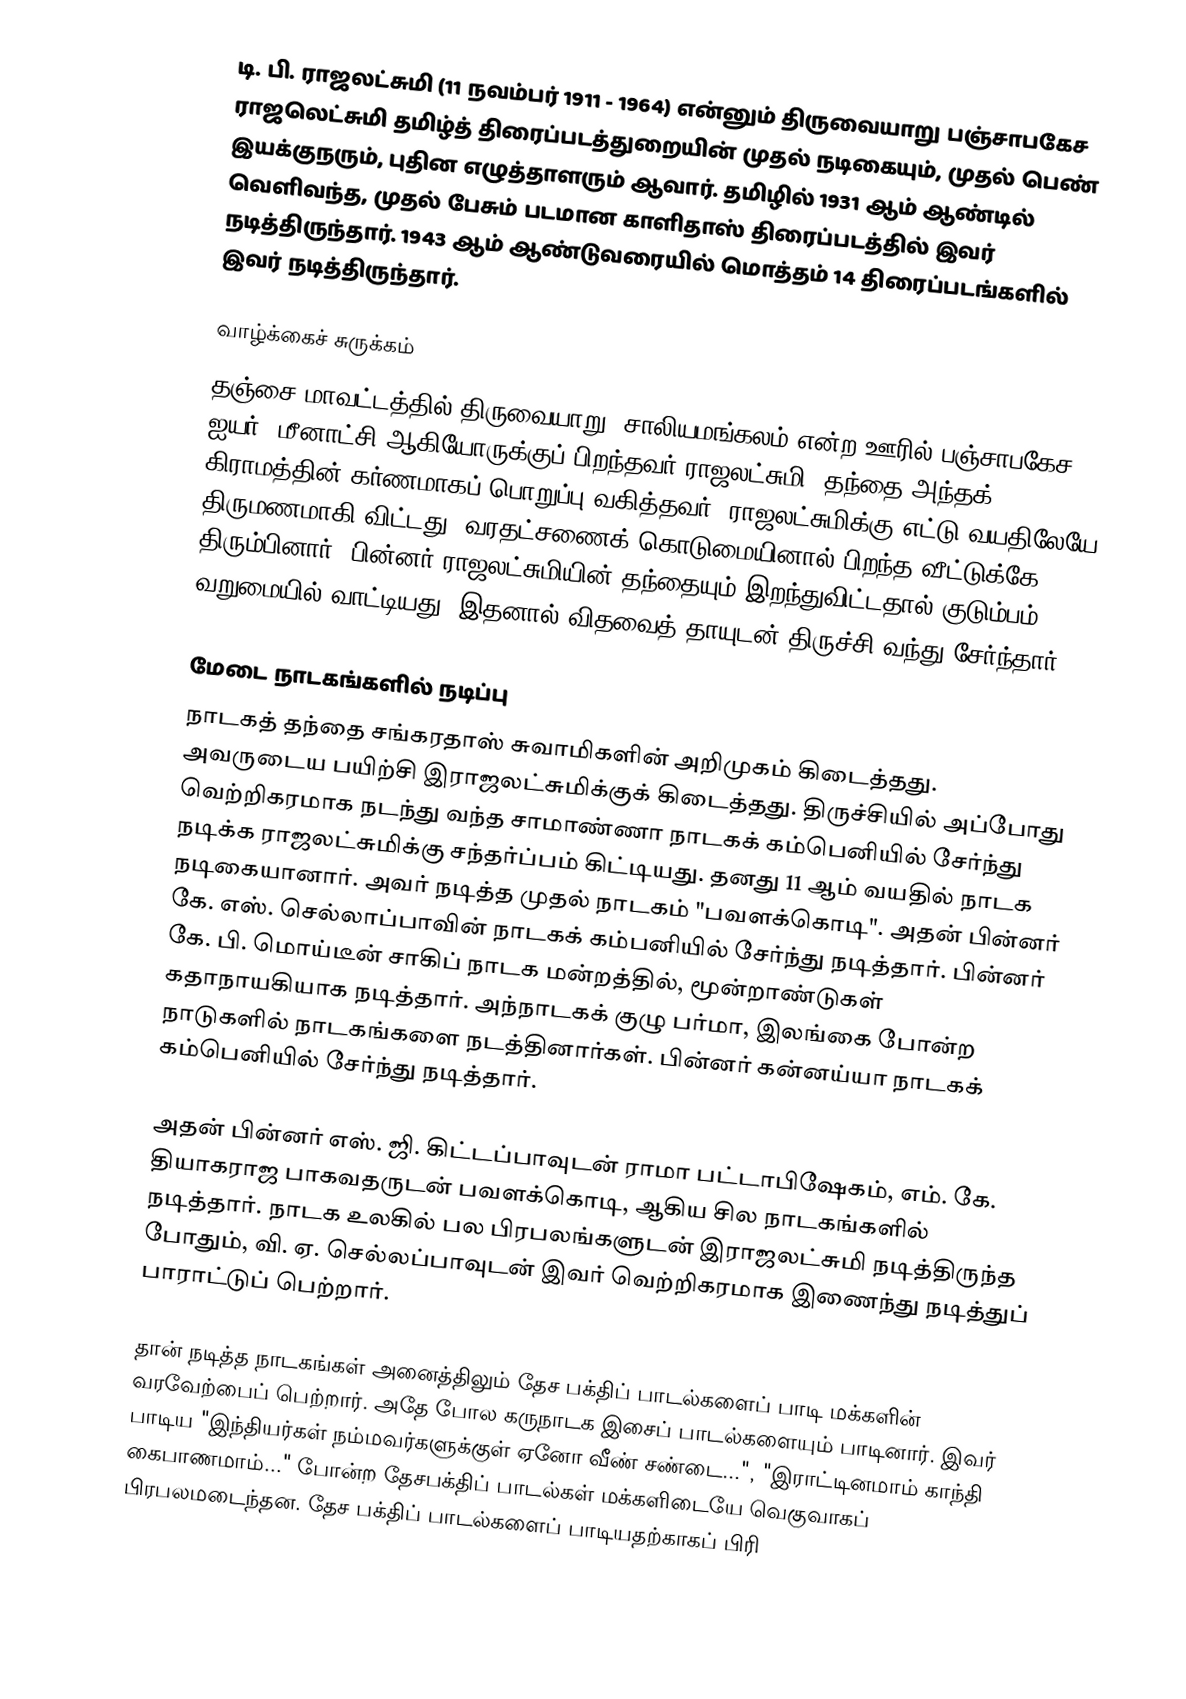
டி. பி. ராஜலட்சுமி (11 நவம்பர் 1911 - 1964) என்னும் திருவையாறு பஞ்சாபகேச ராஜலெட்சுமி தமிழ்த் திரைப்படத்துறையின் முதல் நடிகையும், முதல் பெண் இயக்குநரும், புதின எழுத்தாளரும் ஆவார். தமிழில் 1931 ஆம் ஆண்டில் வெளிவந்த, முதல் பேசும் படமான காளிதாஸ் திரைப்படத்தில் இவர் நடித்திருந்தார். 1943 ஆம் ஆண்டுவரையில் மொத்தம் 14 திரைப்படங்களில் இவர் நடித்திருந்தார்.

வாழ்க்கைச் சுருக்கம்
தஞ்சை மாவட்டத்தில் திருவையாறு, சாலியமங்கலம் என்ற ஊரில் பஞ்சாபகேச ஐயர், மீனாட்சி ஆகியோருக்குப் பிறந்தவர் ராஜலட்சுமி. தந்தை அந்தக் கிராமத்தின் கர்ணமாகப் பொறுப்பு வகித்தவர். ராஜலட்சுமிக்கு எட்டு வயதிலேயே திருமணமாகி விட்டது. வரதட்சணைக் கொடுமையினால் பிறந்த வீட்டுக்கே திரும்பினார். பின்னர் ராஜலட்சுமியின் தந்தையும் இறந்துவிட்டதால் குடும்பம் வறுமையில் வாட்டியது. இதனால் விதவைத் தாயுடன் திருச்சி வந்து சேர்ந்தார்.

மேடை நாடகங்களில் நடிப்பு
நாடகத் தந்தை சங்கரதாஸ் சுவாமிகளின் அறிமுகம் கிடைத்தது. அவருடைய பயிற்சி இராஜலட்சுமிக்குக் கிடைத்தது. திருச்சியில் அப்போது வெற்றிகரமாக நடந்து வந்த சாமாண்ணா நாடகக் கம்பெனியில் சேர்ந்து நடிக்க ராஜலட்சுமிக்கு சந்தர்ப்பம் கிட்டியது. தனது 11 ஆம் வயதில் நாடக நடிகையானார். அவர் நடித்த முதல் நாடகம் "பவளக்கொடி". அதன் பின்னர் கே. எஸ். செல்லாப்பாவின் நாடகக் கம்பனியில் சேர்ந்து நடித்தார். பின்னர் கே. பி. மொய்டீன் சாகிப் நாடக மன்றத்தில், மூன்றாண்டுகள் கதாநாயகியாக நடித்தார். அந்நாடகக் குழு பர்மா, இலங்கை போன்ற நாடுகளில் நாடகங்களை நடத்தினார்கள். பின்னர் கன்னய்யா நாடகக் கம்பெனியில் சேர்ந்து நடித்தார்.

அதன் பின்னர் எஸ். ஜி. கிட்டப்பாவுடன் ராமா பட்டாபிஷேகம், எம். கே. தியாகராஜ பாகவதருடன் பவளக்கொடி, ஆகிய சில நாடகங்களில் நடித்தார். நாடக உலகில் பல பிரபலங்களுடன் இராஜலட்சுமி நடித்திருந்த போதும், வி. ஏ. செல்லப்பாவுடன் இவர் வெற்றிகரமாக இணைந்து நடித்துப் பாராட்டுப் பெற்றார்.

தான் நடித்த நாடகங்கள் அனைத்திலும் தேச பக்திப் பாடல்களைப் பாடி மக்களின் வரவேற்பைப் பெற்றார். அதே போல கருநாடக இசைப் பாடல்களையும் பாடினார். இவர் பாடிய "இந்தியர்கள் நம்மவர்களுக்குள் ஏனோ வீண் சண்டை...", "இராட்டினமாம் காந்தி கைபாணமாம்..." போன்ற  தேசபக்திப் பாடல்கள் மக்களிடையே வெகுவாகப் பிரபலமடைந்தன. தேச பக்திப் பாடல்களைப் பாடியதற்காகப் பிரி